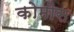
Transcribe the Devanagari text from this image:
कोमोस